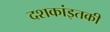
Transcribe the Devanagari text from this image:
दशकांइतकी